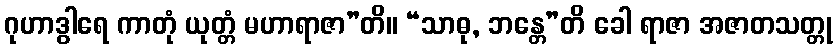
ဂုဟာဒွါရေ ကာတုံ ယုတ္တံ မဟာရာဇာ”တိ။ “သာဓု, ဘန္တေ”တိ ခေါ ရာဇာ အဇာတသတ္တု